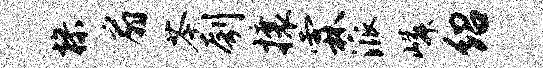
操扇苓刳攘霖派嶙绍